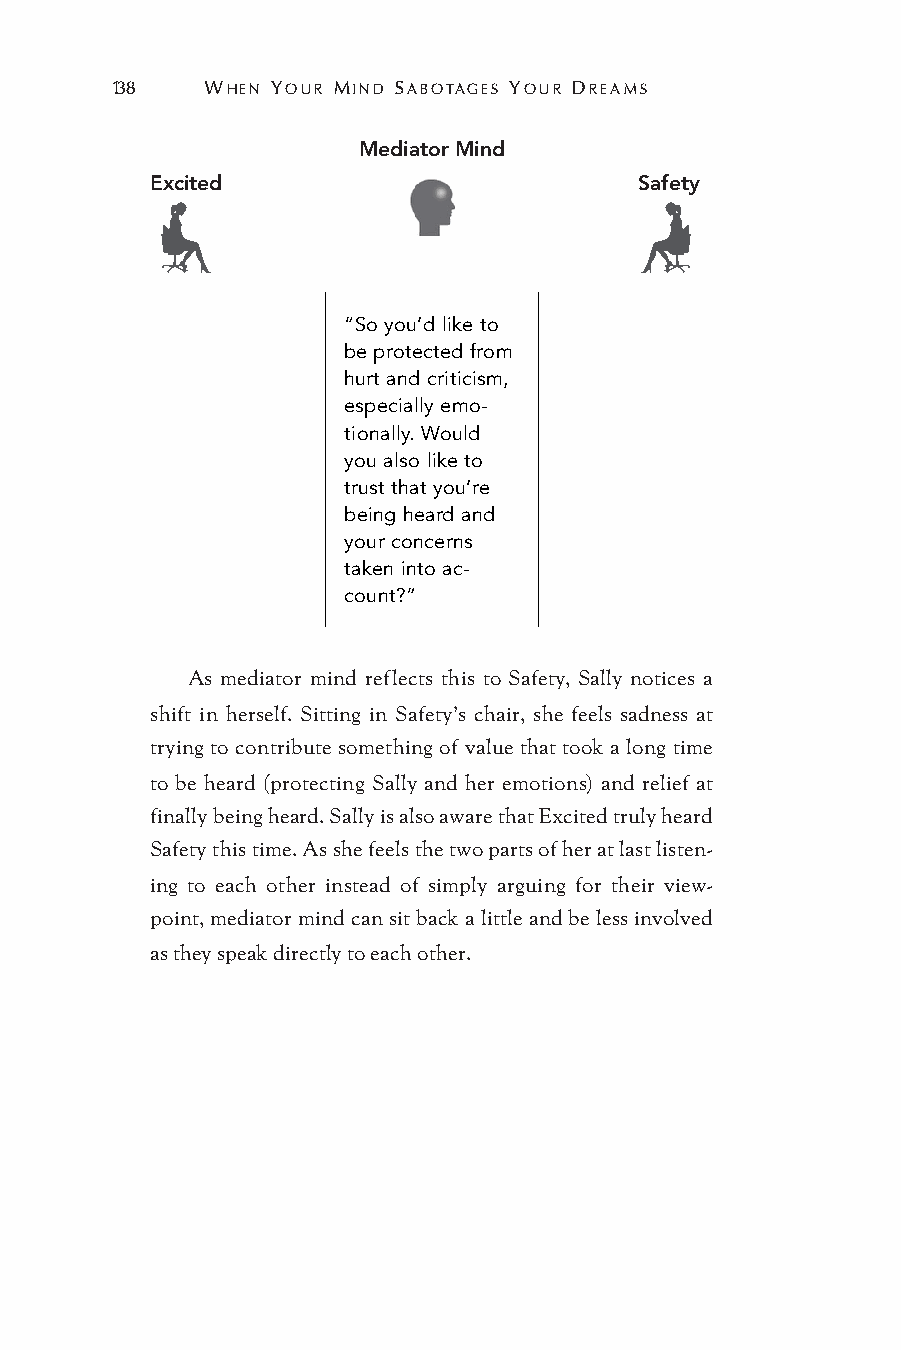
138   WHEN YOUR MIND SABOTAGES YOUR DREAMS
 Mediator Mind
 Excited                         Safety
 “So you’d like to
 be protected from
 hurt and criticism,
 especially emo-
 tionally. Would
 you also like to
 trust that you’re
 being heard and
 your concerns
 taken into ac-
 count?”
 As mediator mind reflects this to Safety, Sally notices a
 shift in herself. Sitting in Safety’s chair, she feels sadness at
 trying to contribute something of value that took a long time
 to be heard (protecting Sally and her emotions) and relief at
 finally being heard. Sally is also aware that Excited truly heard
 Safety this time. As she feels the two parts of her at last listen-
 ing to each other instead of simply arguing for their view-
 point, mediator mind can sit back a little and be less involved
 as they speak directly to each other.